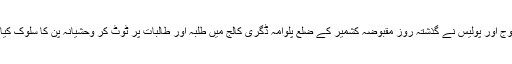
فوج اور پولیس نے گذشتہ روز مقبوضہ کشمیر کے ضلع پلوامہ ڈگری کالج میں طلبہ اور طالبات پر ٹوٹ کر وحشیانہ پن کا سلوک کیا ۔